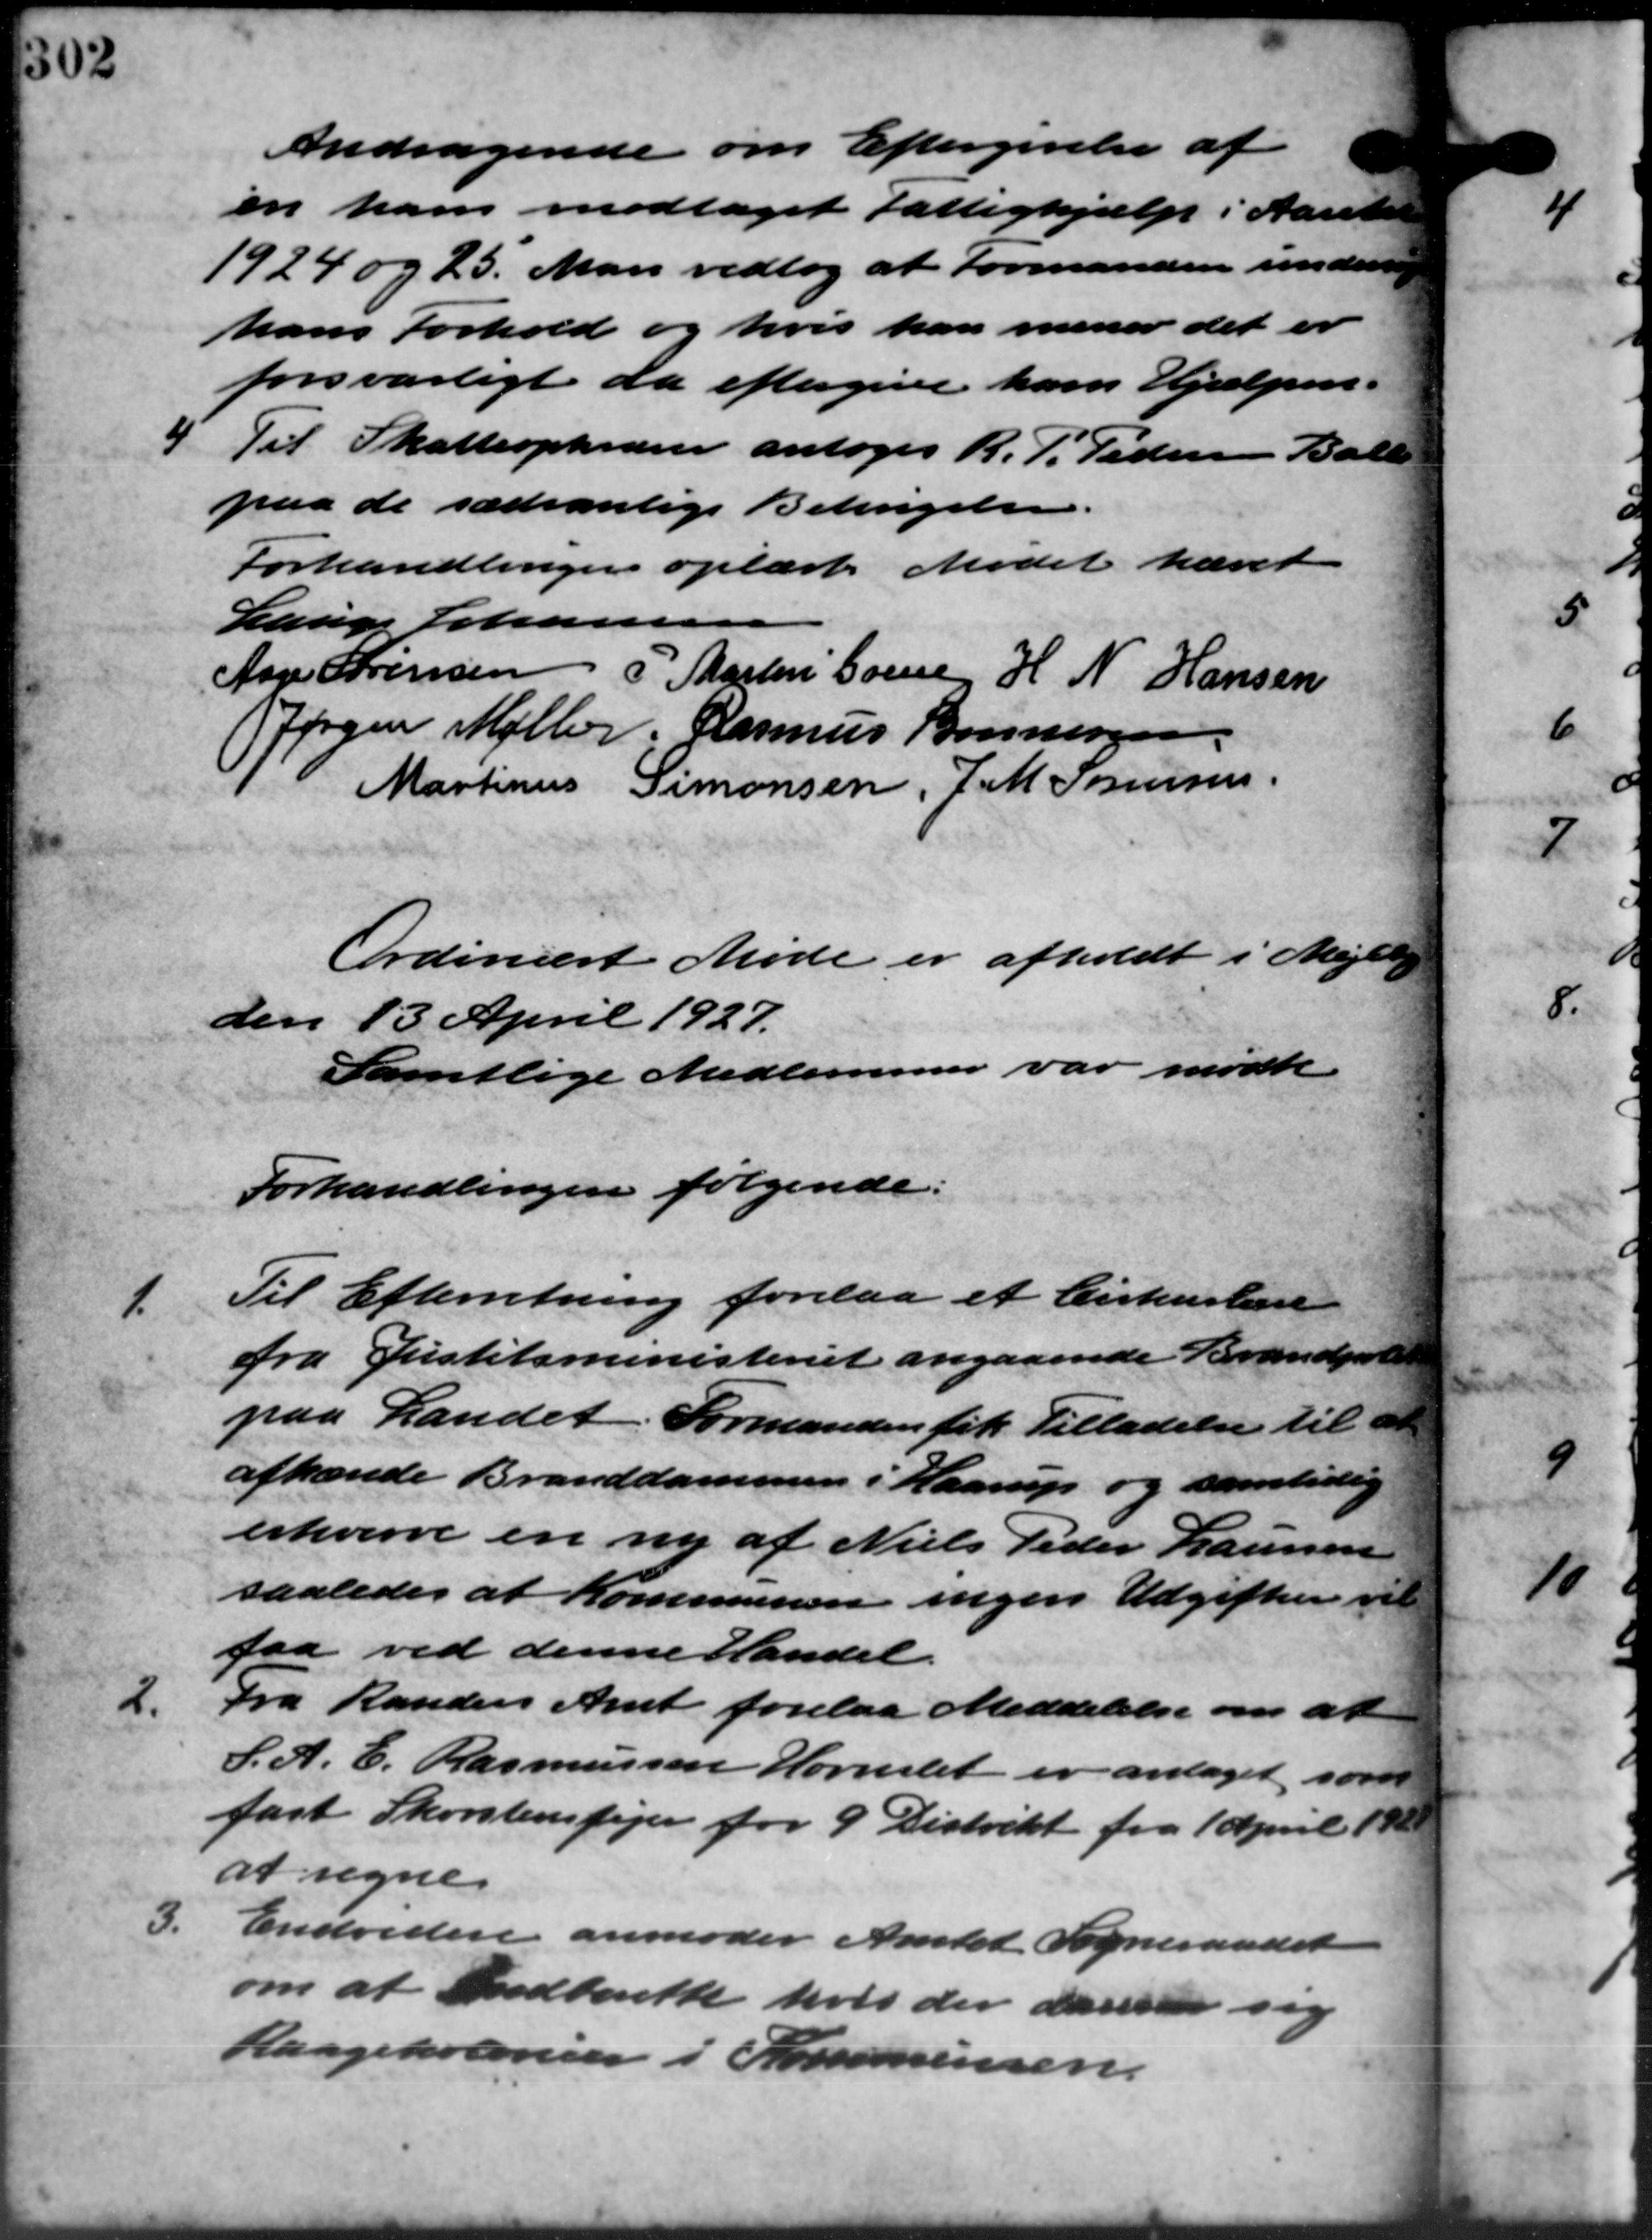
Transskription:
Andragende om Eftergivelse af
en ham modtaget Fattighjælp i Aaret
1924 og 25. Man vedtog at Formanden unders
hans Forhold og hvis kan mener det er
forsvarligt da eftergive ham Hjælpen -
4 Til Skatteopkræver antoges R. P. Pedersen Balle
4 Til Skatteopkræver antoges R. P. Pedersen Balle
paa de sædvanlige Betingelse.
Forhandlingen oplæst. Mødet hævet
Lauge Johanne
Aage Sørensen P. Martin Grene H N Hansen
Jørgen Møller. Rasmus Bonnesen
Martinus Simonsen, J.M. Sørensen.
Ordinært Møde er afholdt i Mejlby
den 13 April 1927.
Samtlige Medlemmer var mødte
Forhandlingen følgende:
1.
Til Efterretning forelaa et Cirkulære
fra Justitsministeriet angaaende Brandpolit
paa Landet. Formanden fik Tilladelse til at
afhænde Branddammen i Haarup og samtidig
erhverve en ny af Niels Peder Laursen
saaledes at Kommunen ingen Udgiften vil
faa ved denne Handel.
2.
Fra Randers Amt forelaa Meddelelse om at
L. A. E. Rasmussen Hornslet er antaget som
fast Skorstensfejer for 9 Distrikt fra 1 April 192
at regne.
3.
Endvidere anmoder Amtet Sogneraadet
om at Indberette hvis der dansker sig
Laagekoloriser i Sommensen